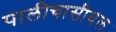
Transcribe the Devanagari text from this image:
पालीचासीयल